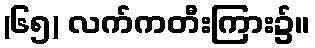
(၆၅) လက်ကတီးကြား၌။